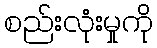
စည်းလုံးမှုကို